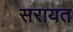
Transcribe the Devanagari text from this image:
सरायत